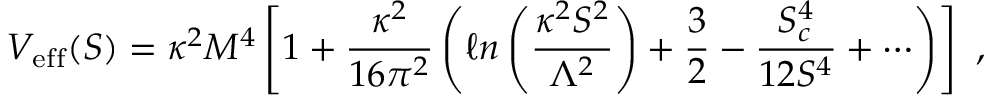
V _ { \mathrm { { e f f } } } ( S ) = \kappa ^ { 2 } M ^ { 4 } \left[ 1 + \frac { \kappa ^ { 2 } } { 1 6 \pi ^ { 2 } } \left( \ell n \left( \frac { \kappa ^ { 2 } S ^ { 2 } } { \Lambda ^ { 2 } } \right) + \frac { 3 } { 2 } - \frac { S _ { c } ^ { 4 } } { 1 2 S ^ { 4 } } + \cdots \right) \right] ~ ,